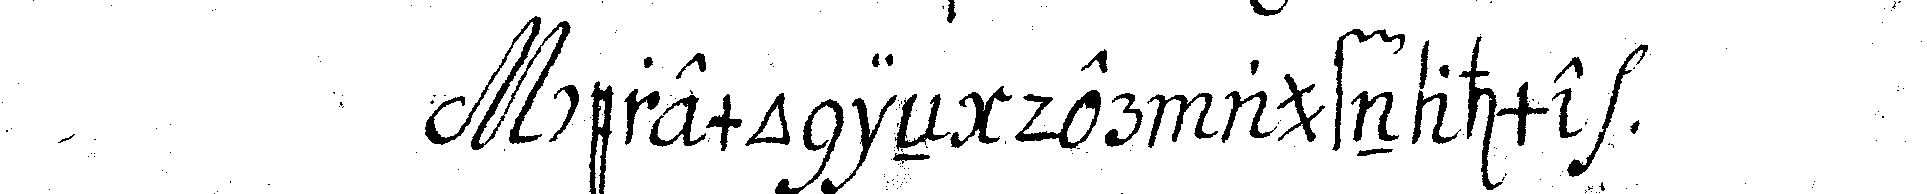
ceremonieN der aufnahme .